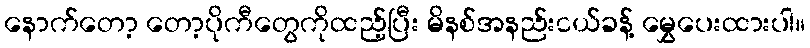
နောက်တော့ တော့ပိုကီတွေကိုထည့်ပြီး မိနစ်အနည်းငယ်ခန့် မွှေပေးထားပါ။